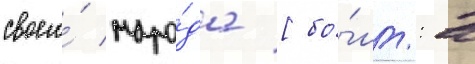
своего́ наро́да [бо́лг.: в